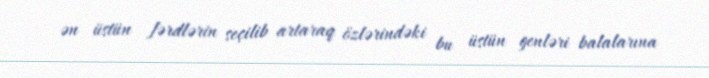
ən üstün fərdlərin seçilib artaraq özlərindəki bu üstün genləri balalarına